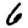
Digit: 6